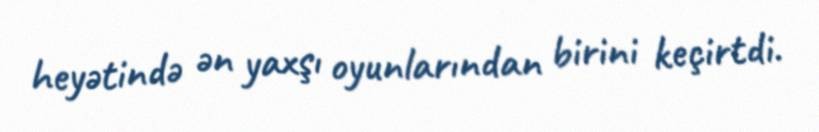
heyətində ən yaxşı oyunlarından birini keçirtdi.